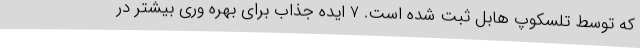
که توسط تلسکوپ هابل ثبت شده است. 7 ایده جذاب برای بهره وری بیشتر در